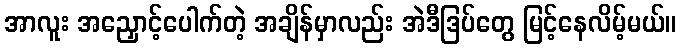
အာလူး အညှောင့်ပေါက်တဲ့ အချိန်မှာလည်း အဲဒီဒြပ်တွေ မြင့်နေလိမ့်မယ်။